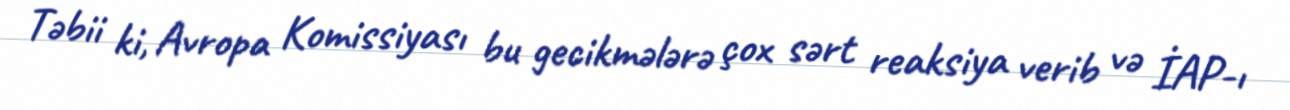
Təbii ki, Avropa Komissiyası bu gecikmələrə çox sərt reaksiya verib və İAP-ı